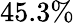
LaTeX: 45.3\%